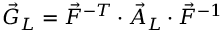
\vec { G } _ { L } = \vec { F } ^ { - T } \cdot \vec { A } _ { L } \cdot \vec { F } ^ { - 1 }